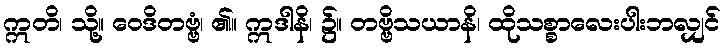
ဣတိ၊ သို့။ ဝေဒိတဗ္ဗံ၊ ၏။ ဣဒါနိ၊ ၌။ တဗ္ဗိသယာနိ၊ ထိုသစ္စာလေးပါးဘလျှင်